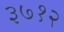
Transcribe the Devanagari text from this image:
३७१२